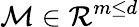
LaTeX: \mathcal{M}\in\mathcal{R}^{m\leq d}